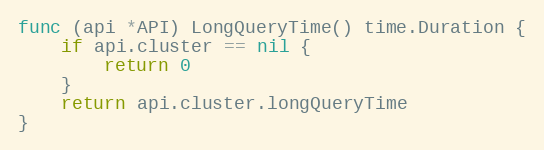
Language: Go
func (api *API) LongQueryTime() time.Duration {
	if api.cluster == nil {
		return 0
	}
	return api.cluster.longQueryTime
}